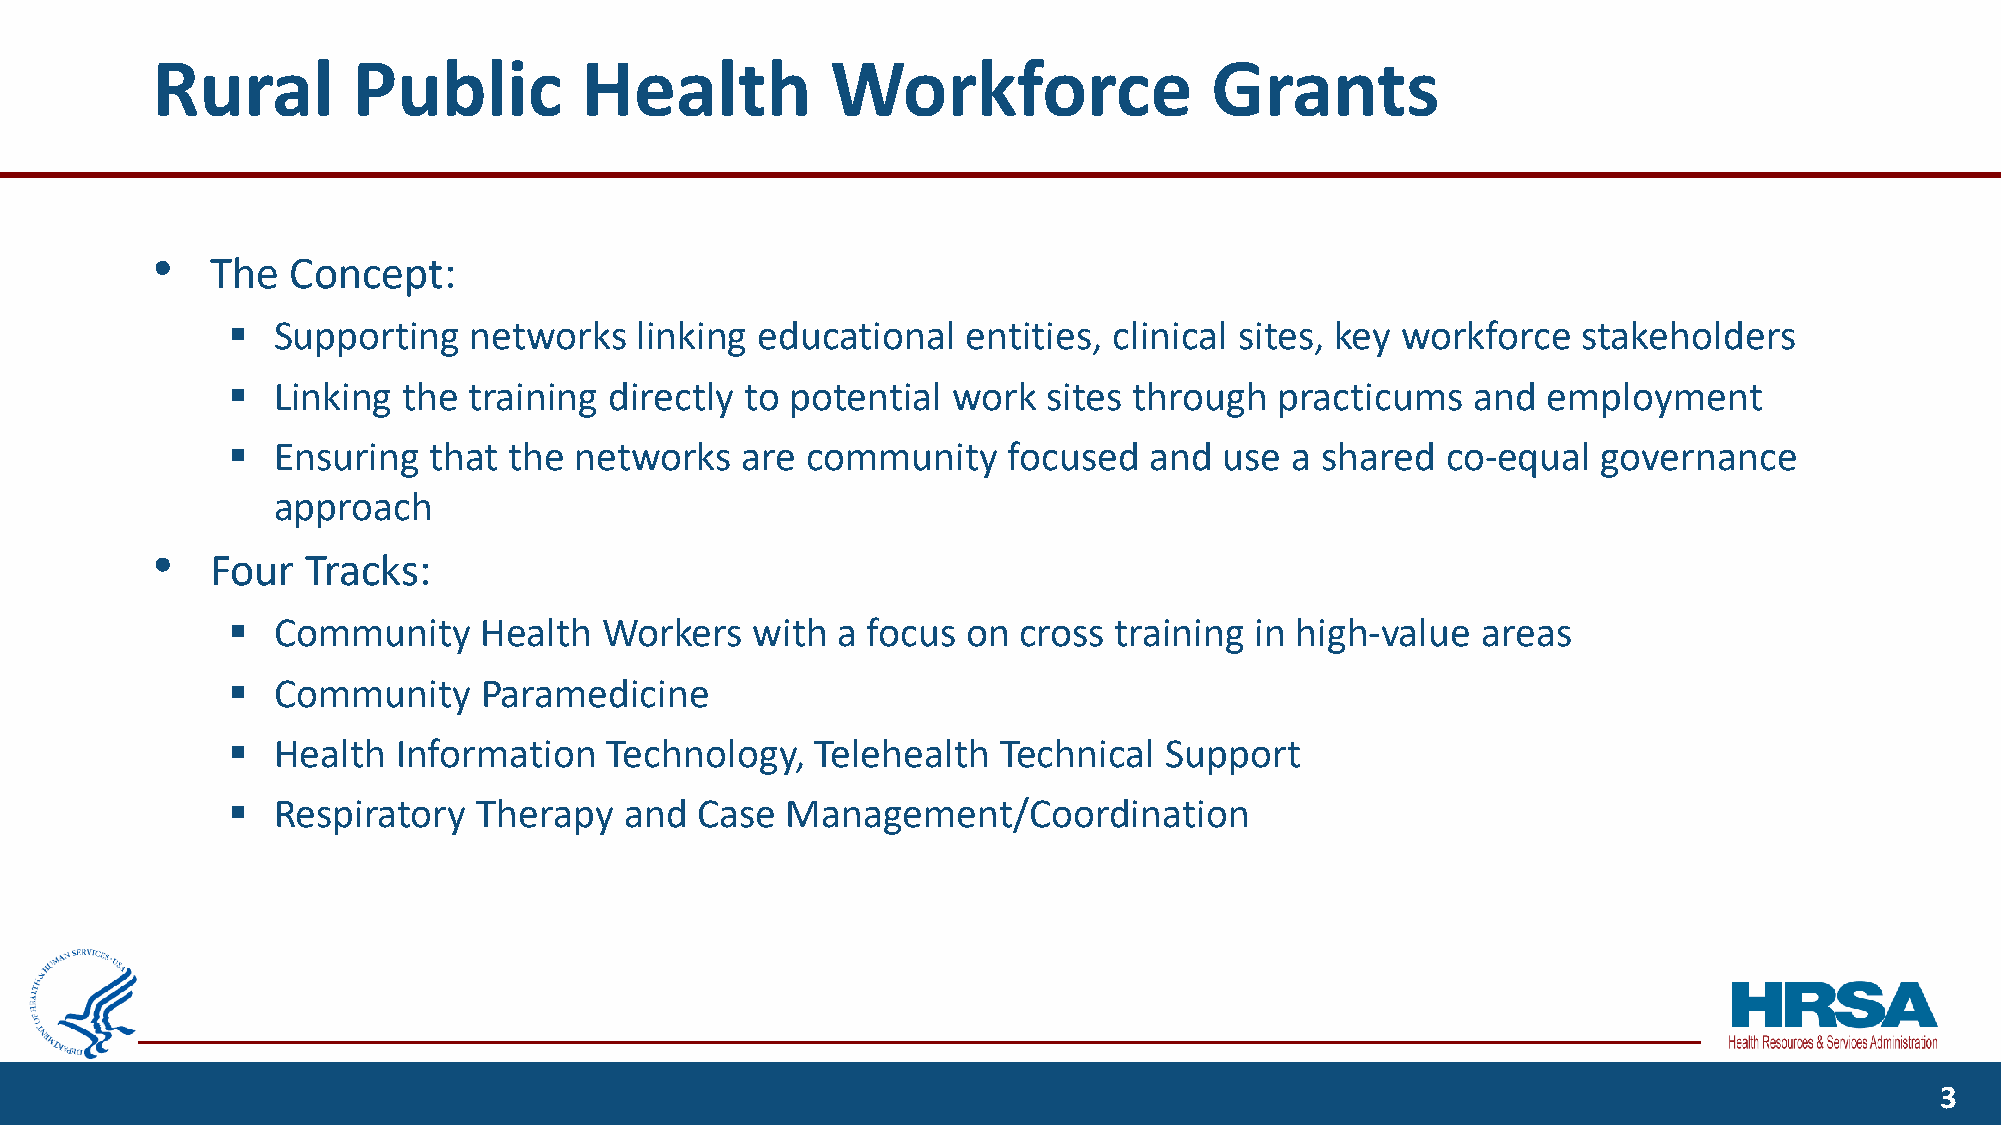
Rural        Public         Health           Workforce                Grants
 •
 The  Concept:
 ▪  Supporting   networks   linking educational   entities, clinical sites, key workforce  stakeholders
 ▪  Linking  the training directly to potential  work  sites through   practicums   and employment
 ▪  Ensuring  that  the networks   are community     focused  and  use a shared   co-equal  governance
 approach
 •
 Four  Tracks:
 ▪  Community     Health  Workers   with a focus  on cross  training in high-value  areas
 ▪  Community     Paramedicine
 ▪  Health  Information   Technology,   Telehealth  Technical  Support
 ▪  Respiratory   Therapy  and  Case  Management/Coordination
 3